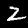
Digit: 2